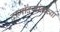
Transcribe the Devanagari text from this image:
दामोदरपंतांच्या